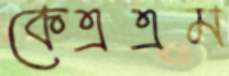
কেএএম